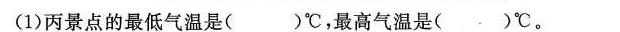
(1)丙景点的最低气温是()℃，最高气温是()℃。